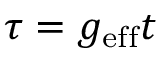
\tau = g _ { \mathrm { e f f } } t